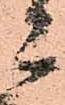
郎